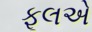
ફૂલએ